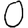
Digit: 0